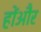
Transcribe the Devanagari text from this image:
होंऔर